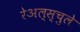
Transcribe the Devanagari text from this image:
रेअल्स्चुले